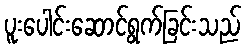
ပူးပေါင်းဆောင်ရွက်ခြင်းသည်